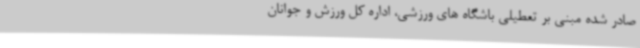
صادر شده مبنی بر تعطیلی باشگاه های ورزشی، اداره کل ورزش و جوانان